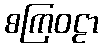
စကြဝဠာ